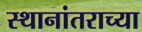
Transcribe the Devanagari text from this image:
स्थानांतराच्या